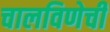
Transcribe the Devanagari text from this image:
चालविणेची